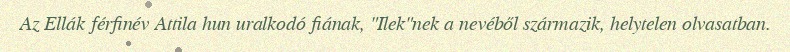
Az Ellák férfinév Attila hun uralkodó fiának, "Ilek"nek a nevéből származik, helytelen olvasatban.